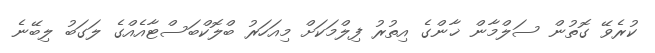
ކުރެވޭ ގޮތުން ސަލްމާން ޚާންގެ އިތުރު ފިލްމަކަށް މިއަހަރު ބްލޮކްބަސްޓާއެއްގެ ލަގަބު ލިބޭނެ